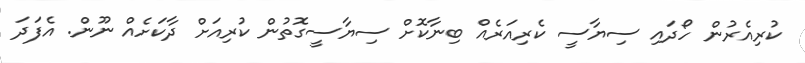
ކުރިއެރުން ހޯދައި ސިޔާސީ ކެރިއަރެއް ބިނާކޮށް ސިޔާސީގޮތުން ކުރިއަށް ދާކަށެއް ނޫން. އެފަދަ